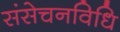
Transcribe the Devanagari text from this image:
संसेचनविधि